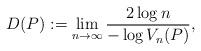
LaTeX: \begin{align*} D (P):=\lim_{n\to \infty} \frac{2\log n}{-\log V_{n}(P)},\end{align*}